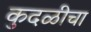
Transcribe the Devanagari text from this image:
कुदळीचा